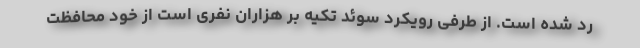
رد شده است. از طرفی رویکرد سوئد تکیه بر هزاران نفری است از خود محافظت